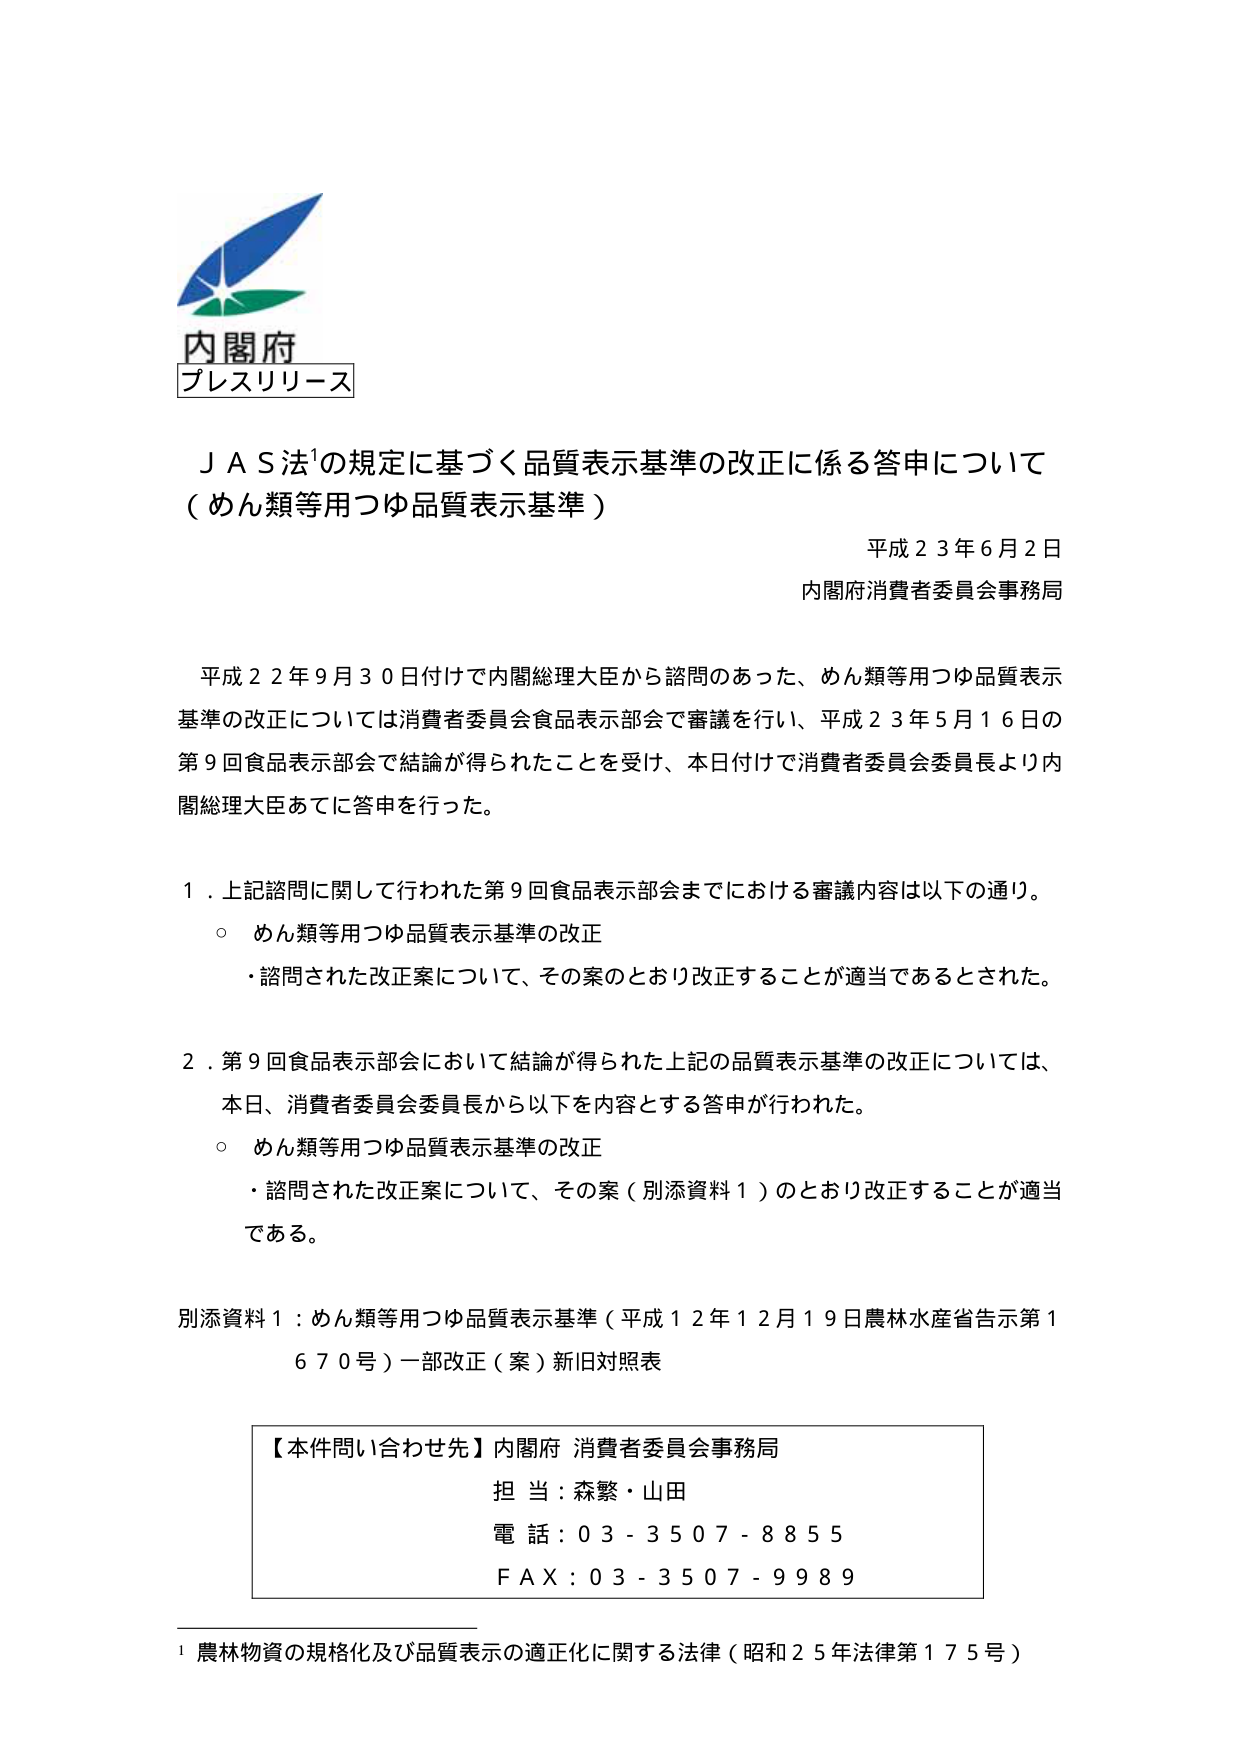
内閣府
プレスリリース

ＪＡＳ法¹の規定に基づく品質表示基準の改正に係る答申について
（めん類等用つゆ品質表示基準）

平成２３年６月２日
内閣府消費者委員会事務局

平成２２年９月３０日付けで内閣総理大臣から諮問のあった、めん類等用つゆ品質表示基準の改正については消費者委員会食品表示部会で審議を行い、平成２３年５月１６日の第９回食品表示部会で結論が得られたことを受け、本日付けで消費者委員会委員長より内閣総理大臣あてに答申を行った。

１．上記諮問に関して行われた第９回食品表示部会までにおける審議内容は以下の通り。
　○ めん類等用つゆ品質表示基準の改正
　　・諮問された改正案について、その案のとおり改正することが適当であるとされた。

２．第９回食品表示部会において結論が得られた上記の品質表示基準の改正については、本日、消費者委員会委員長から以下を内容とする答申が行われた。
　○ めん類等用つゆ品質表示基準の改正
　　・諮問された改正案について、その案（別添資料１）のとおり改正することが適当である。

別添資料１：めん類等用つゆ品質表示基準（平成１２年１２月１９日農林水産省告示第１６７０号）一部改正（案）新旧対照表

【本件問い合わせ先】内閣府 消費者委員会事務局
担当：森繁・山田
電話：０３－３５０７－８８５５
ＦＡＸ：０３－３５０７－９９８９

¹ 農林物資の規格化及び品質表示の適正化に関する法律（昭和２５年法律第１７５号）